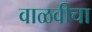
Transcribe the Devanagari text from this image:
वाळवीचा